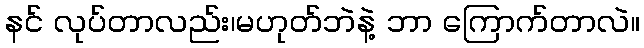
နင် လုပ်တာလည်း၊မဟုတ်ဘဲနဲ့ ဘာ ကြောက်တာလဲ။